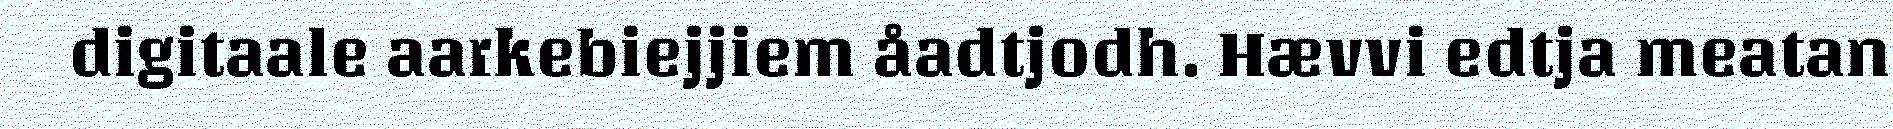
digitaale aarkebiejjiem åadtjodh. Hævvi edtja meatan